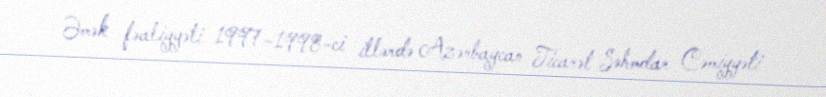
Əmək fəaliyyəti 1997–1998-ci illərdə Azərbaycan Ticarət Səhmdar Cəmiyyəti